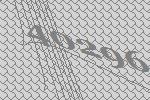
40296